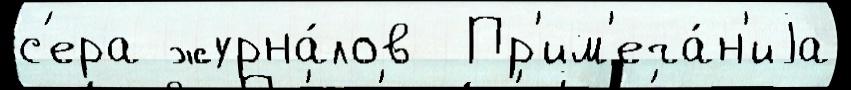
с'ера журна́лов  Пр'им'еча́н'иjа